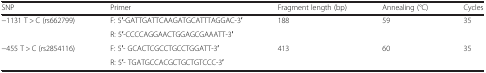
<table><thead><tr><td><b>SNP</b></td><td><b>Primer</b></td><td><b>Fragment length (bp)</b></td><td><b>Annealing (°C)</b></td><td><b>Cycles</b></td></tr></thead><tbody><tr><td rowspan="2">−1131 T &gt; C (rs662799)</td><td>F: 5′-GATTGATTCAAGATGCATTTAGGAC-3′</td><td rowspan="2">188</td><td rowspan="2">59</td><td rowspan="2">35</td></tr><tr><td>R: 5′-CCCCAGGAACTGGAGCGAAATT-3′</td></tr><tr><td rowspan="2">−455 T &gt; C (rs2854116)</td><td>F: 5′- GCACTCGCCTGCCTGGATT-3′</td><td rowspan="2">413</td><td rowspan="2">60</td><td rowspan="2">35</td></tr><tr><td>R: 5′- TGATGCCACGCTGCTGTCCC-3′</td></tr></tbody></table>